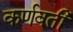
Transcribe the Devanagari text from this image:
कर्णवती